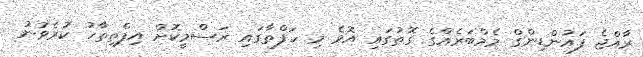
ރާއްޖެ ފައުންޑިންގް މެމްބަރެއްގެ ގޮތުގައި އޮވެ މި ހަފްތާގައި ރަސްމީކޮށް އިފްތިތާހު ކުރެވުނު